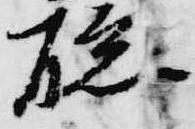
聡